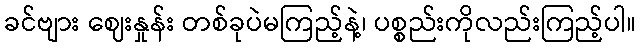
ခင်ဗျား ဈေးနှုန်း တစ်ခုပဲမကြည့်နဲ့၊ ပစ္စည်းကိုလည်းကြည့်ပါ။